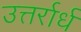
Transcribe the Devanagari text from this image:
उत्तर्रार्ध